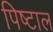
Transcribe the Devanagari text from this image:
पिष्टाल